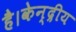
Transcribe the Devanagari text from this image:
है।केन्द्रीय